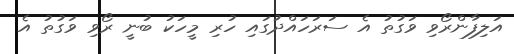
އަލިފާންރޯވި ވަގުތު އެ ސަރަހައްދުގައި ހުރި މީހަކު ބުނީ ރޯވި ވަގުތު އެ